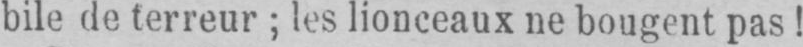
bile de terreur; les lionceaux ne bougent pas!